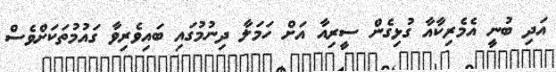
އަދި ބުނީ އެމެރިކާއާ ގުޅިގެން ސީރިއާ އަށް ހަމަލާ ދިނުމުގައި ބައިވެރިވާ ގައުމުތަކަށްވެސް